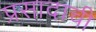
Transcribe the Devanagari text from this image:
प्रसादाची